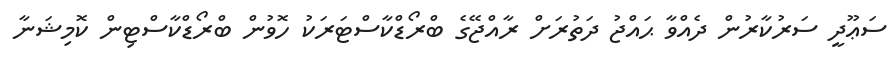
ސަޢޫދީ ސަރުކާރުން ދެއްވާ ޙައްޖު ދަތުރަށް ރާއްޖޭގެ ބްރޯޑްކާސްޓަރަކު ހޮވުން ބްރޯޑްކާސްޓިން ކޮމިޝަނާ